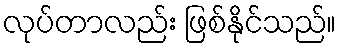
လုပ်တာလည်း ဖြစ်နိုင်သည်။